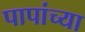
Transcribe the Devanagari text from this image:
पापांच्‍या